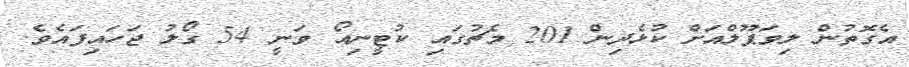
އެގޮތުން ލިވަޕޫލްއަށް ކުޅެދިން 201 މެޗުގައި ކުޓީނިއޯ ވަނީ 54 ގޯލު ޖަހައިފައެވެ.